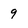
Character: 9